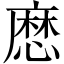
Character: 㦄